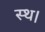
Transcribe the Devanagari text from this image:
स्थ।